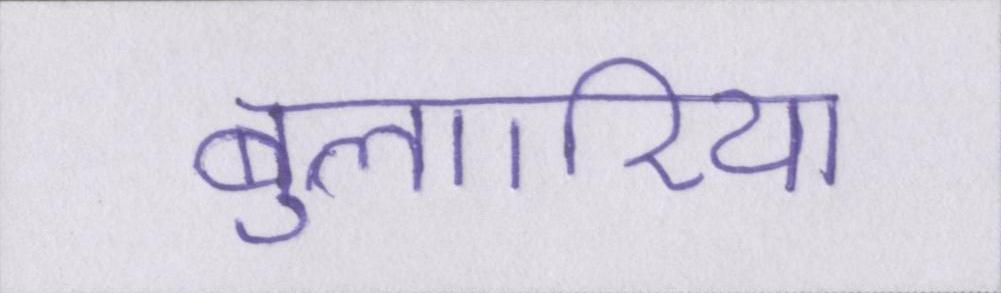
बुल्गारिया